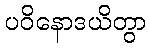
ပဝိနောဒယိတွာ